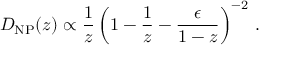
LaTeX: D _ { \mathrm { N P } } ( z ) \propto \frac { 1 } { z } \left( 1 - \frac { 1 } { z } - \frac { \epsilon } { 1 - z } \right) ^ { - 2 } \, .